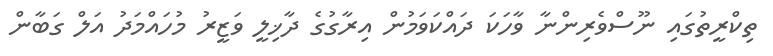
ތިކްރީތުގައި ނޫސްވެރިންނާ ވާހަކަ ދައްކަވަމުން އިރާގުގެ ދާޚިލީ ވަޒީރު މުހައްމަދު އަލް ގަބާން